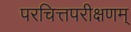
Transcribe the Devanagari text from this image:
परचित्तपरीक्षणम्‌